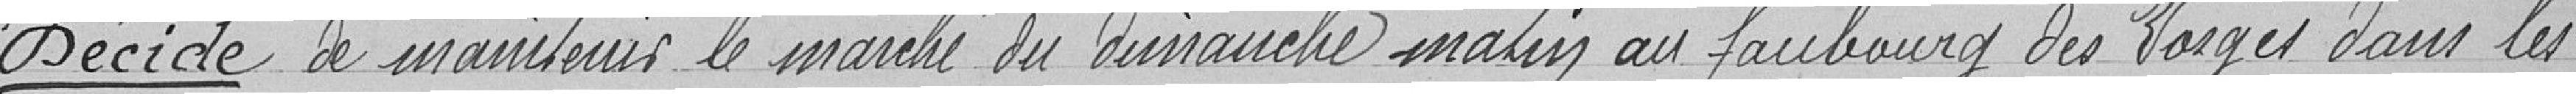
Décide le maintien le marché du dimanche matin au faubourg des Vosges dans les